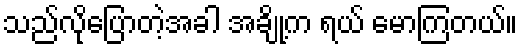
သည်လိုပြောတဲ့အခါ အချို့က ရယ် မောကြတယ်။